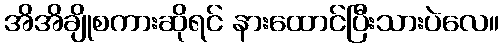
အိအိချိုစကားဆိုရင် နားထောင်ပြီးသားပဲလေ။